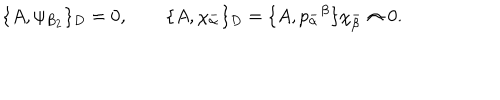
\{ A , \psi _ { B _ { 2 } } \} _ { D } = 0 , \qquad \{ A , \chi _ { \alpha } ^ { - } \} _ { D } = \{ A , p _ { \alpha } ^ { - } { } ^ { \beta } \} \chi _ { \beta } ^ { - } \approx 0 .